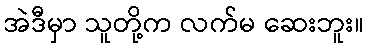
အဲဒီမှာ သူတို့က လက်မ ဆေးဘူး။